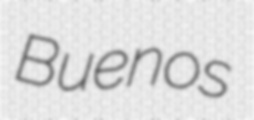
Buenos